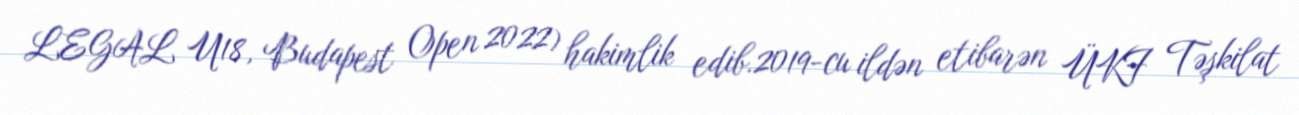
LEGAL U18, Budapest Open 2022) hakimlik edib.2019-cu ildən etibarən ÜKF Təşkilat